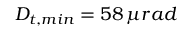
D _ { t , m i n } = 5 8 \, \mu r a d